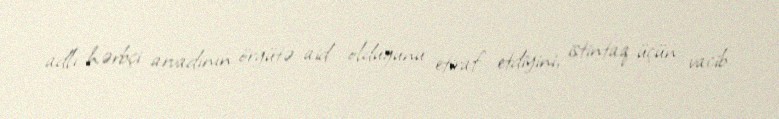
adlı hərbçi arvadının örgütə aid olduğunu etiraf etdiyini, istintaq üçün vacib